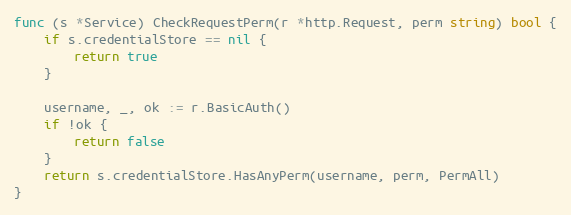
Language: Go
func (s *Service) CheckRequestPerm(r *http.Request, perm string) bool {
	if s.credentialStore == nil {
		return true
	}

	username, _, ok := r.BasicAuth()
	if !ok {
		return false
	}
	return s.credentialStore.HasAnyPerm(username, perm, PermAll)
}